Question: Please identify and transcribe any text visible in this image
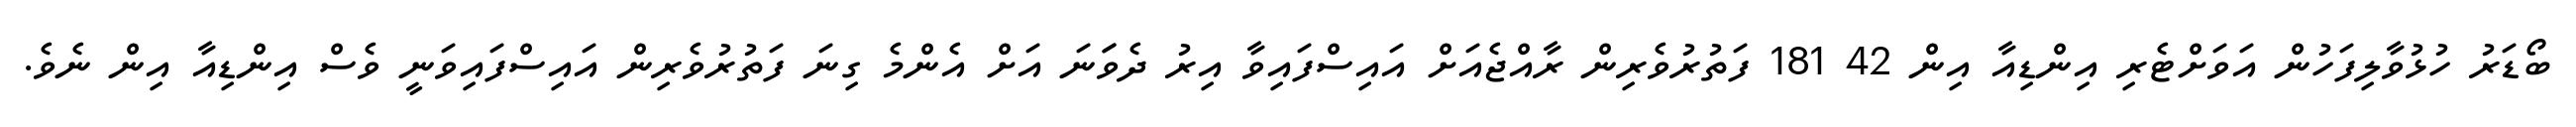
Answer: ބޯޑަރު ހުޅުވާލިފަހުން އަވަށްޓެރި އިންޑިއާ އިން 42 181 ފަތުރުވެރިން ރާއްޖެއަށް އައިސްފައިވާ އިރު ދެވަަނަ އަށް އެންމެ ގިނަ ފަތުރުވެރިން އައިސްފައިވަނީ ވެސް އިންޑިއާ އިން ނެވެ.